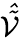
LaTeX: \mathcal{\hat{\tilde{V}}}